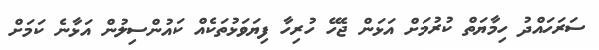
ސަރަހައްދު ހިމާޔަތް ކުރުމަށް އަޅަން ޖެހޭ ހުރިހާ ފިޔަވަޅުތަކެއް ކައުންސިލުން އަޅާނެ ކަމަށް